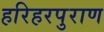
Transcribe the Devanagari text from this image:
हरिहरपुराण